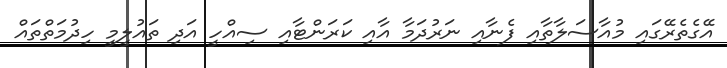
އޭގެތެރޭގައި މުއާސަލާތާއި ފެނާއި ނަރުދަމާ އާއި ކަރަންޓާއި ސިއްހީ އަދި ތައުލީމީ ހިދުމަތްތައް